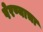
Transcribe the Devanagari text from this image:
पेरण्याचा